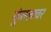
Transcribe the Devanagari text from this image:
कुंतलावर